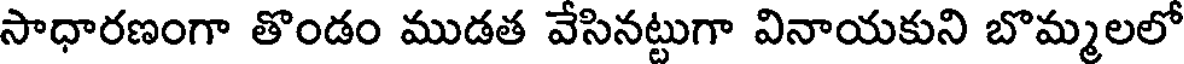
సాధారణంగా తొండం ముడత వేసినట్టుగా వినాయకుని బొమ్మలలో